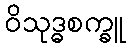
ဝိသုဒ္ဓစက္ခူ